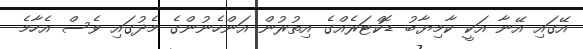
އޭގައި އޭނާ އަކީ ކާމިޔާބު ޑޮކްޓަރެއްގެ އިތުރުން އަންހެނުންގެ މެދުގައި ވެސް އެހާމެ